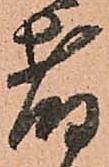
者